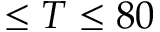
\leq T \leq 8 0